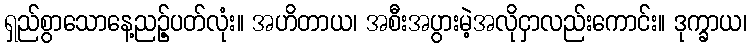
ရှည်စွာသောနေ့ညဉ့်ပတ်လုံး။ အဟိတာယ၊ အစီးအပွားမဲ့အလိုငှာလည်းကောင်း။ ဒုက္ခာယ၊